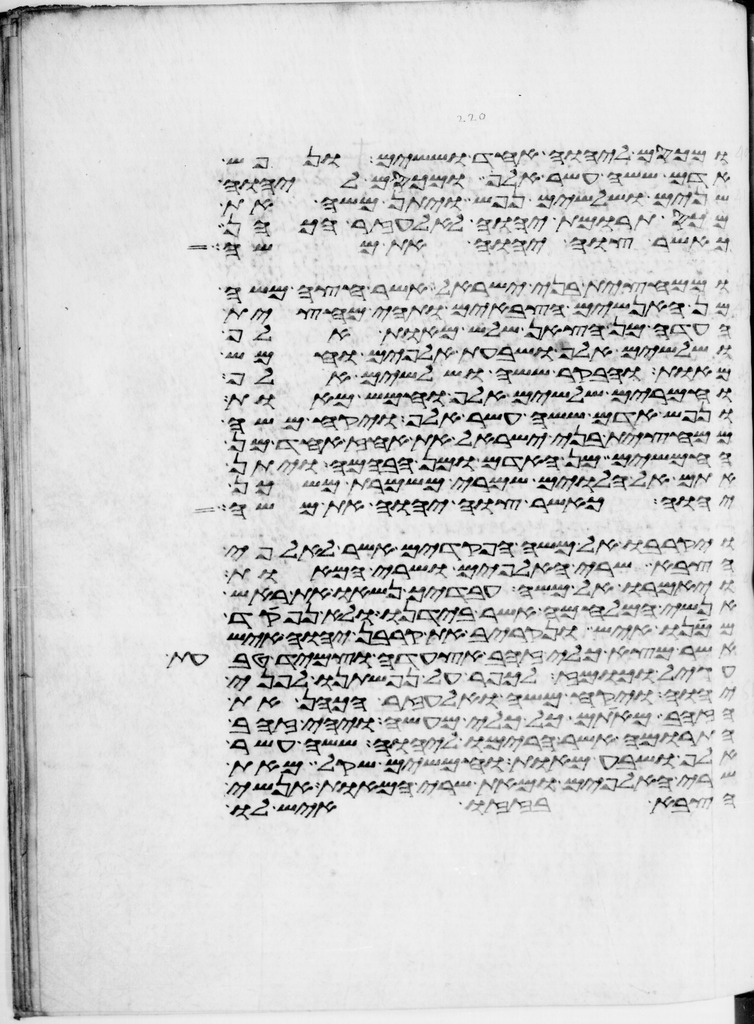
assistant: ומכסם ליהוה אחד וששים ונפש
אדם ששה עשר אלף ומכסם ליהוה
שנים ושלשים נפש ויתן משה את
מכס תרומת יהוה לאלעזר הכהן
כאשר צוה יהוה את משה
וממחצית בני ישראל אשר חצה משה
מן האנשים הצבאים ותהי מחצית
העדה מן הצאן שלש מאות אלף
ושלשים אלף ושבעת אלפים וחמש
מאות ובקר ששה ושלשים אלף
וחמרים שלשים אלף וחמש מאות
ונפש אדם ששה עשר אלף ויקח משה
ממחצית בני ישראל את האחז אחד מן
החמשים מן האדם ומן הבהמה ויתן
אתם אל הלוים שמרי משמרת משכן
יהוה כאשר צוה יהוה את משה
ויקרבו אל משה הפקדים אשר לאלפי
הצבא שרי האלפים ושרי המאות
ויאמרו אל משה עבדיך נשאו את ראש
אנשי המלחמה אשר בידנו ולא נפקד
ממנו איש ונקריב את קרבן יהוה איש
אשר מצא כלי זהב אצעדה וצמיד טבעת
עגיל וכומז לכפר על נפשתינו לפני
יהוה ויקח משה ואלעזר הכהן את
הזהב מאתם כל כלי מעשה ויהי זהב
התרומה אשר הרימו ליהוה ששה עשר
אלף ושבע מאות וחמשים שקל מאת
שרי האלפים ומאת שרי המאות אנשי
הצבא בזזו איש לו